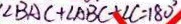
\angle B A C + \angle A B C + \angle C = 1 8 0 ^ { \circ }